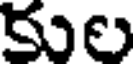
కుల